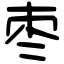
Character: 枣